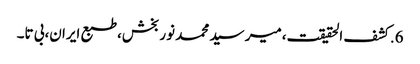
6.	کشف الحقیقت،میر سید محمد نوربخش،طبع ایران،بی تا۔